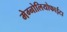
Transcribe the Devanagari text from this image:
मेग्नोलियोफाईटा